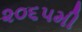
૨૦૬૫મી